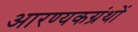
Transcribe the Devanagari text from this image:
आरण्यकग्रंथों